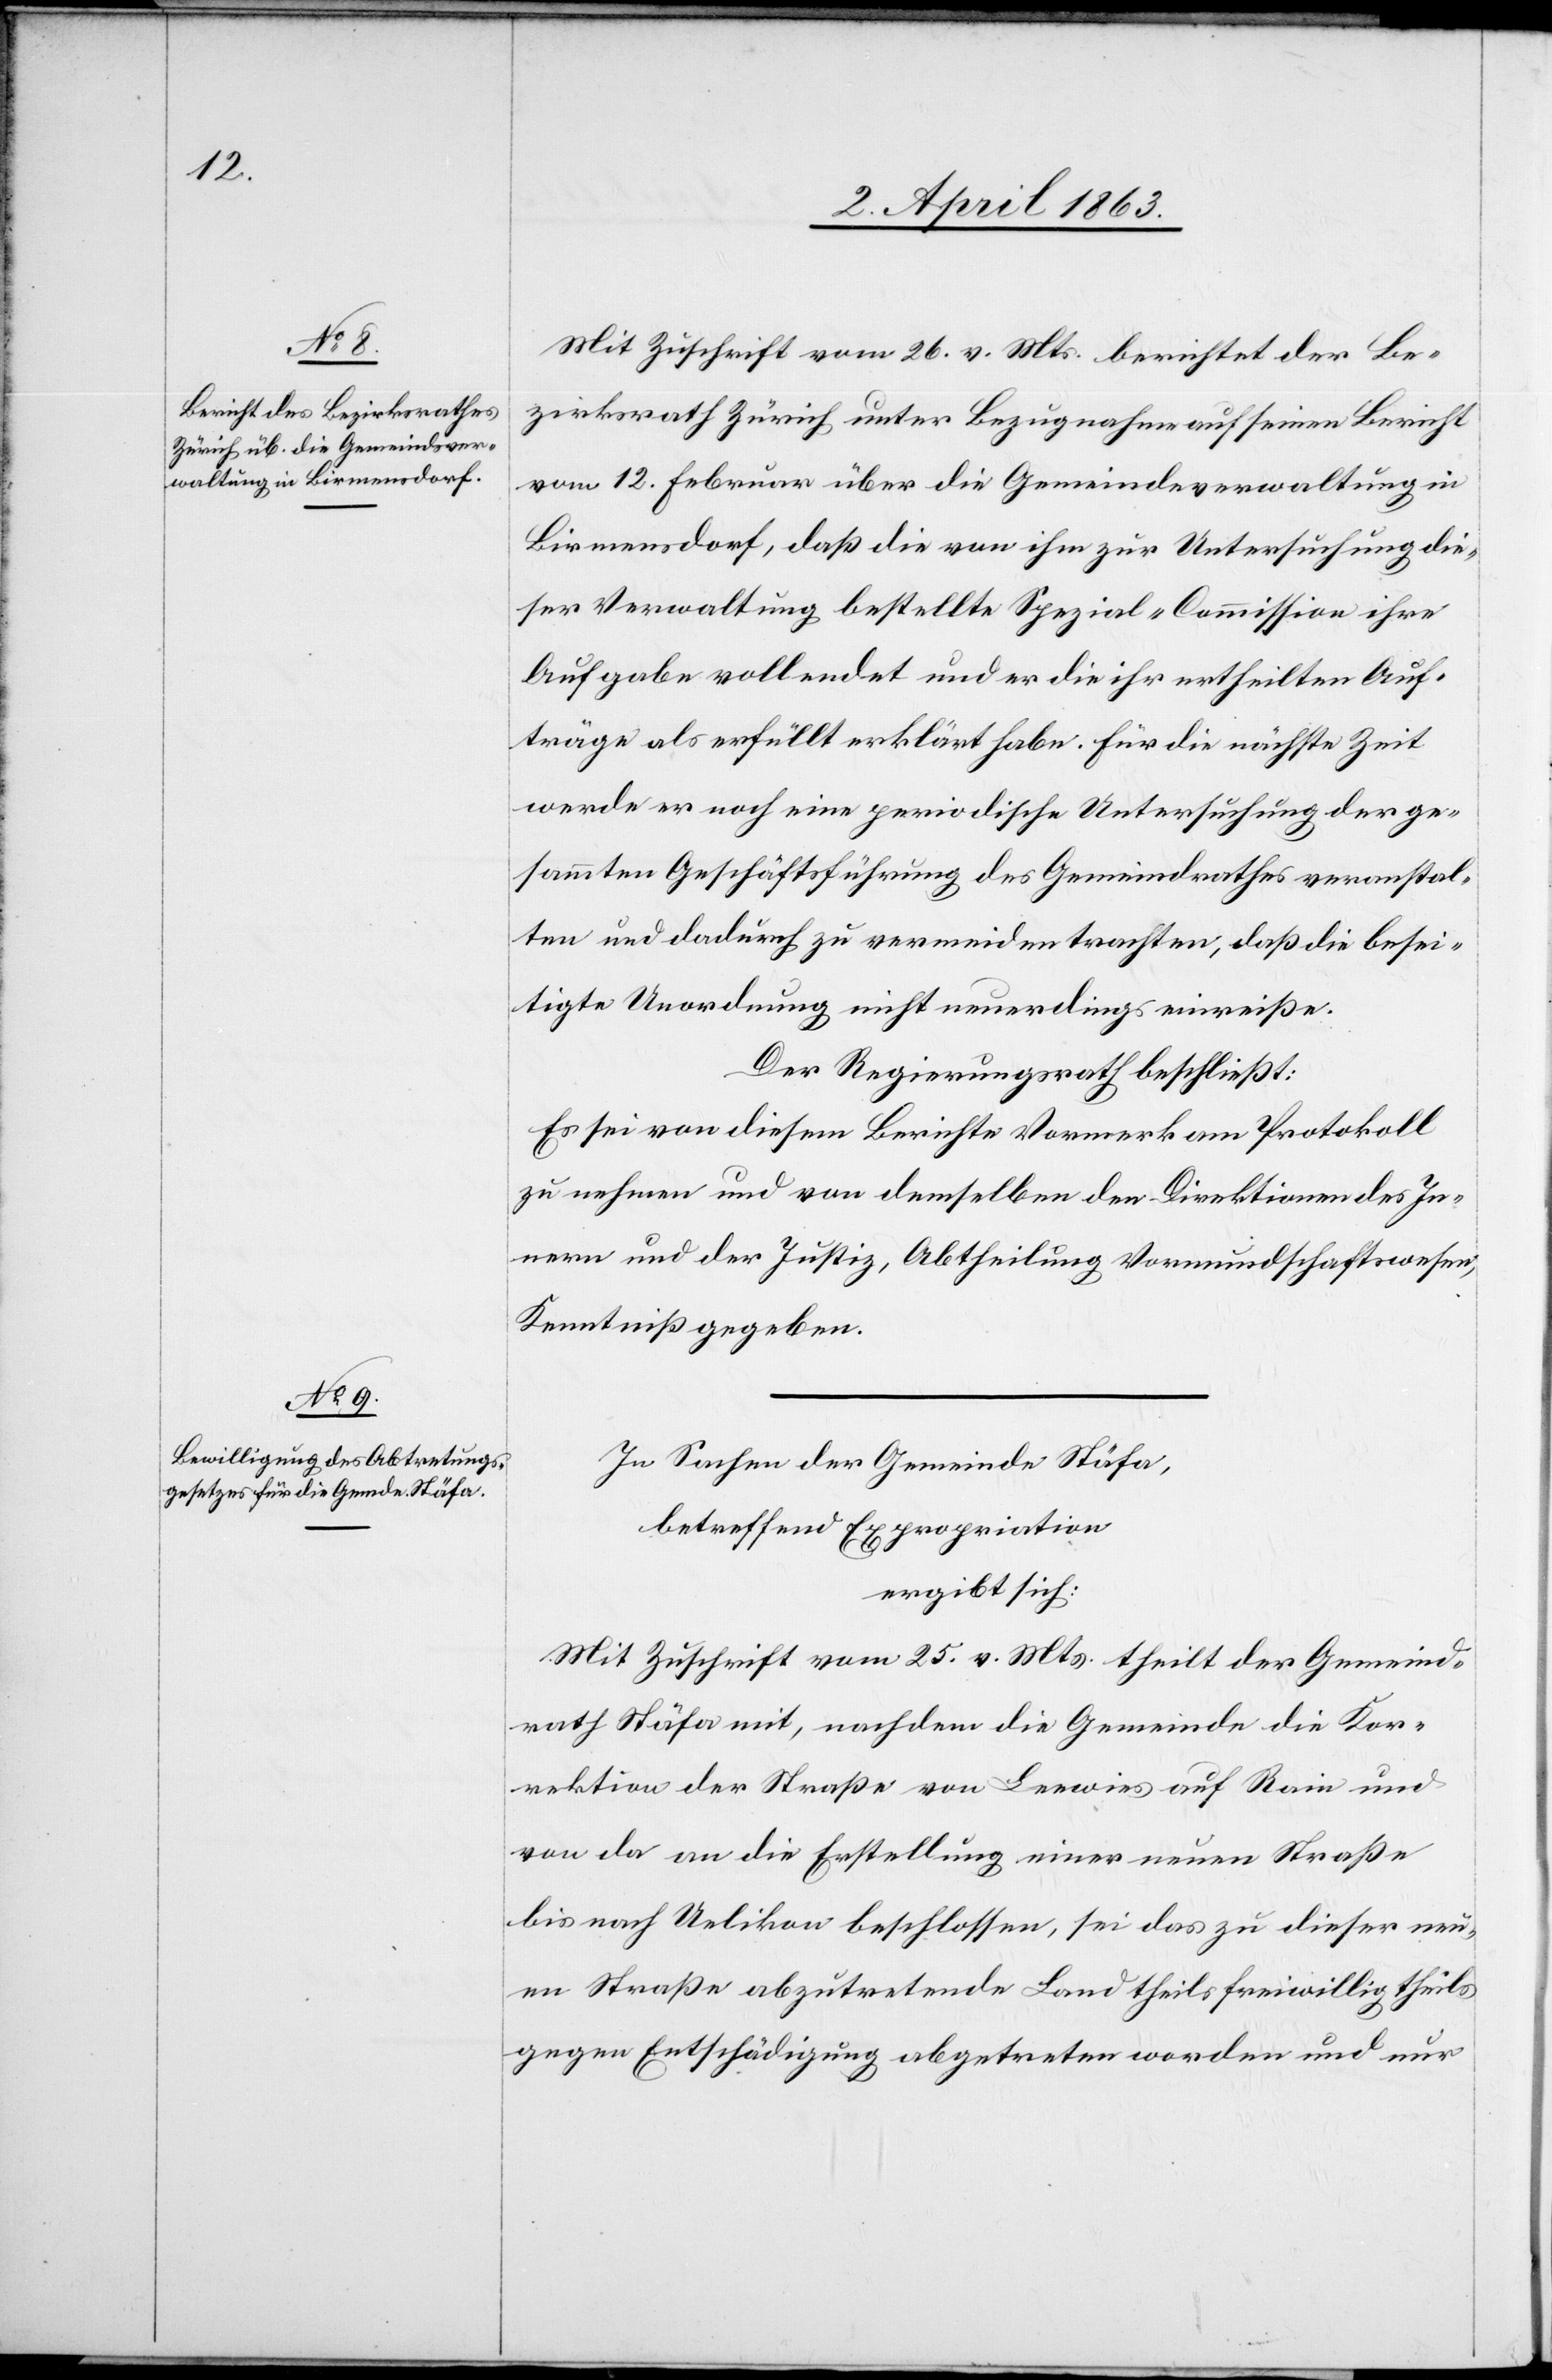
Mit Zuschrift vom 26. v. Mts. berichtet der Be¬
zirksrath Zürich unter Bezugnahme auf seinen Bericht
vom 12. Februar über die Gemeindeverwaltung in
Birmensdorf, daß die von ihm zur Untersuchung die¬
ser Verwaltung bestellte Spezial-Commission ihre
Aufgabe vollendet und er die ihr ertheilten Auf¬
träge als erfüllt erklärt habe. Für die nächste Zeit
werde er noch eine periodische Untersuchung der ge¬
sammten Geschäftsführung des Gemeindrathes veranstal¬
ten und dadurch zu vermeiden trachten, daß die besei¬
tigte Unordnung nicht neuerdings einreiße.
Der Regierungsrath beschließt:
Es sei von diesem Berichte Vormerk am Protokoll
zu nehmen und von demselben den Direktionen des In¬
nern und der Justiz, Abtheilung Vormundschaftswesen,
Kenntniß zu geben.
In Sachen der Gemeinde Stäfa,
betreffend Expropriation
ergibt sich:
Mit Zuschrift vom 25. v. Mts. theilt der Gemeind¬
rath Stäfa, mit, nachdem die Gemeinde die Kor¬
rektion der Straße von Leewies auf Rain und
von da an die Erstellung einer neuen Straße
bis nach Uelikon beschlossen, sei das zu dieser neu¬
en Straße abzutretende Land theils freiwillig theils
gegen Entschädigung abgetreten worden und nur